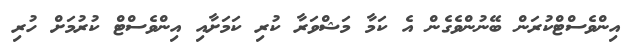
އިންވެސްޓްކުރަން ބޭނުންވެގެން އެ ކަމާ މަޝްވަރާ ކުރި ކަމަށާއި އިންވެސްޓް ކުރުމަށް ހުރި